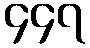
၄၄၇